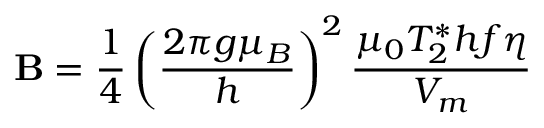
\mathbf { B } = \frac { 1 } { 4 } \left( \frac { 2 \pi g \mu _ { B } } { h } \right) ^ { 2 } \frac { \mu _ { 0 } T _ { 2 } ^ { * } h f \eta } { V _ { m } }